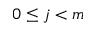
0 \le j < m